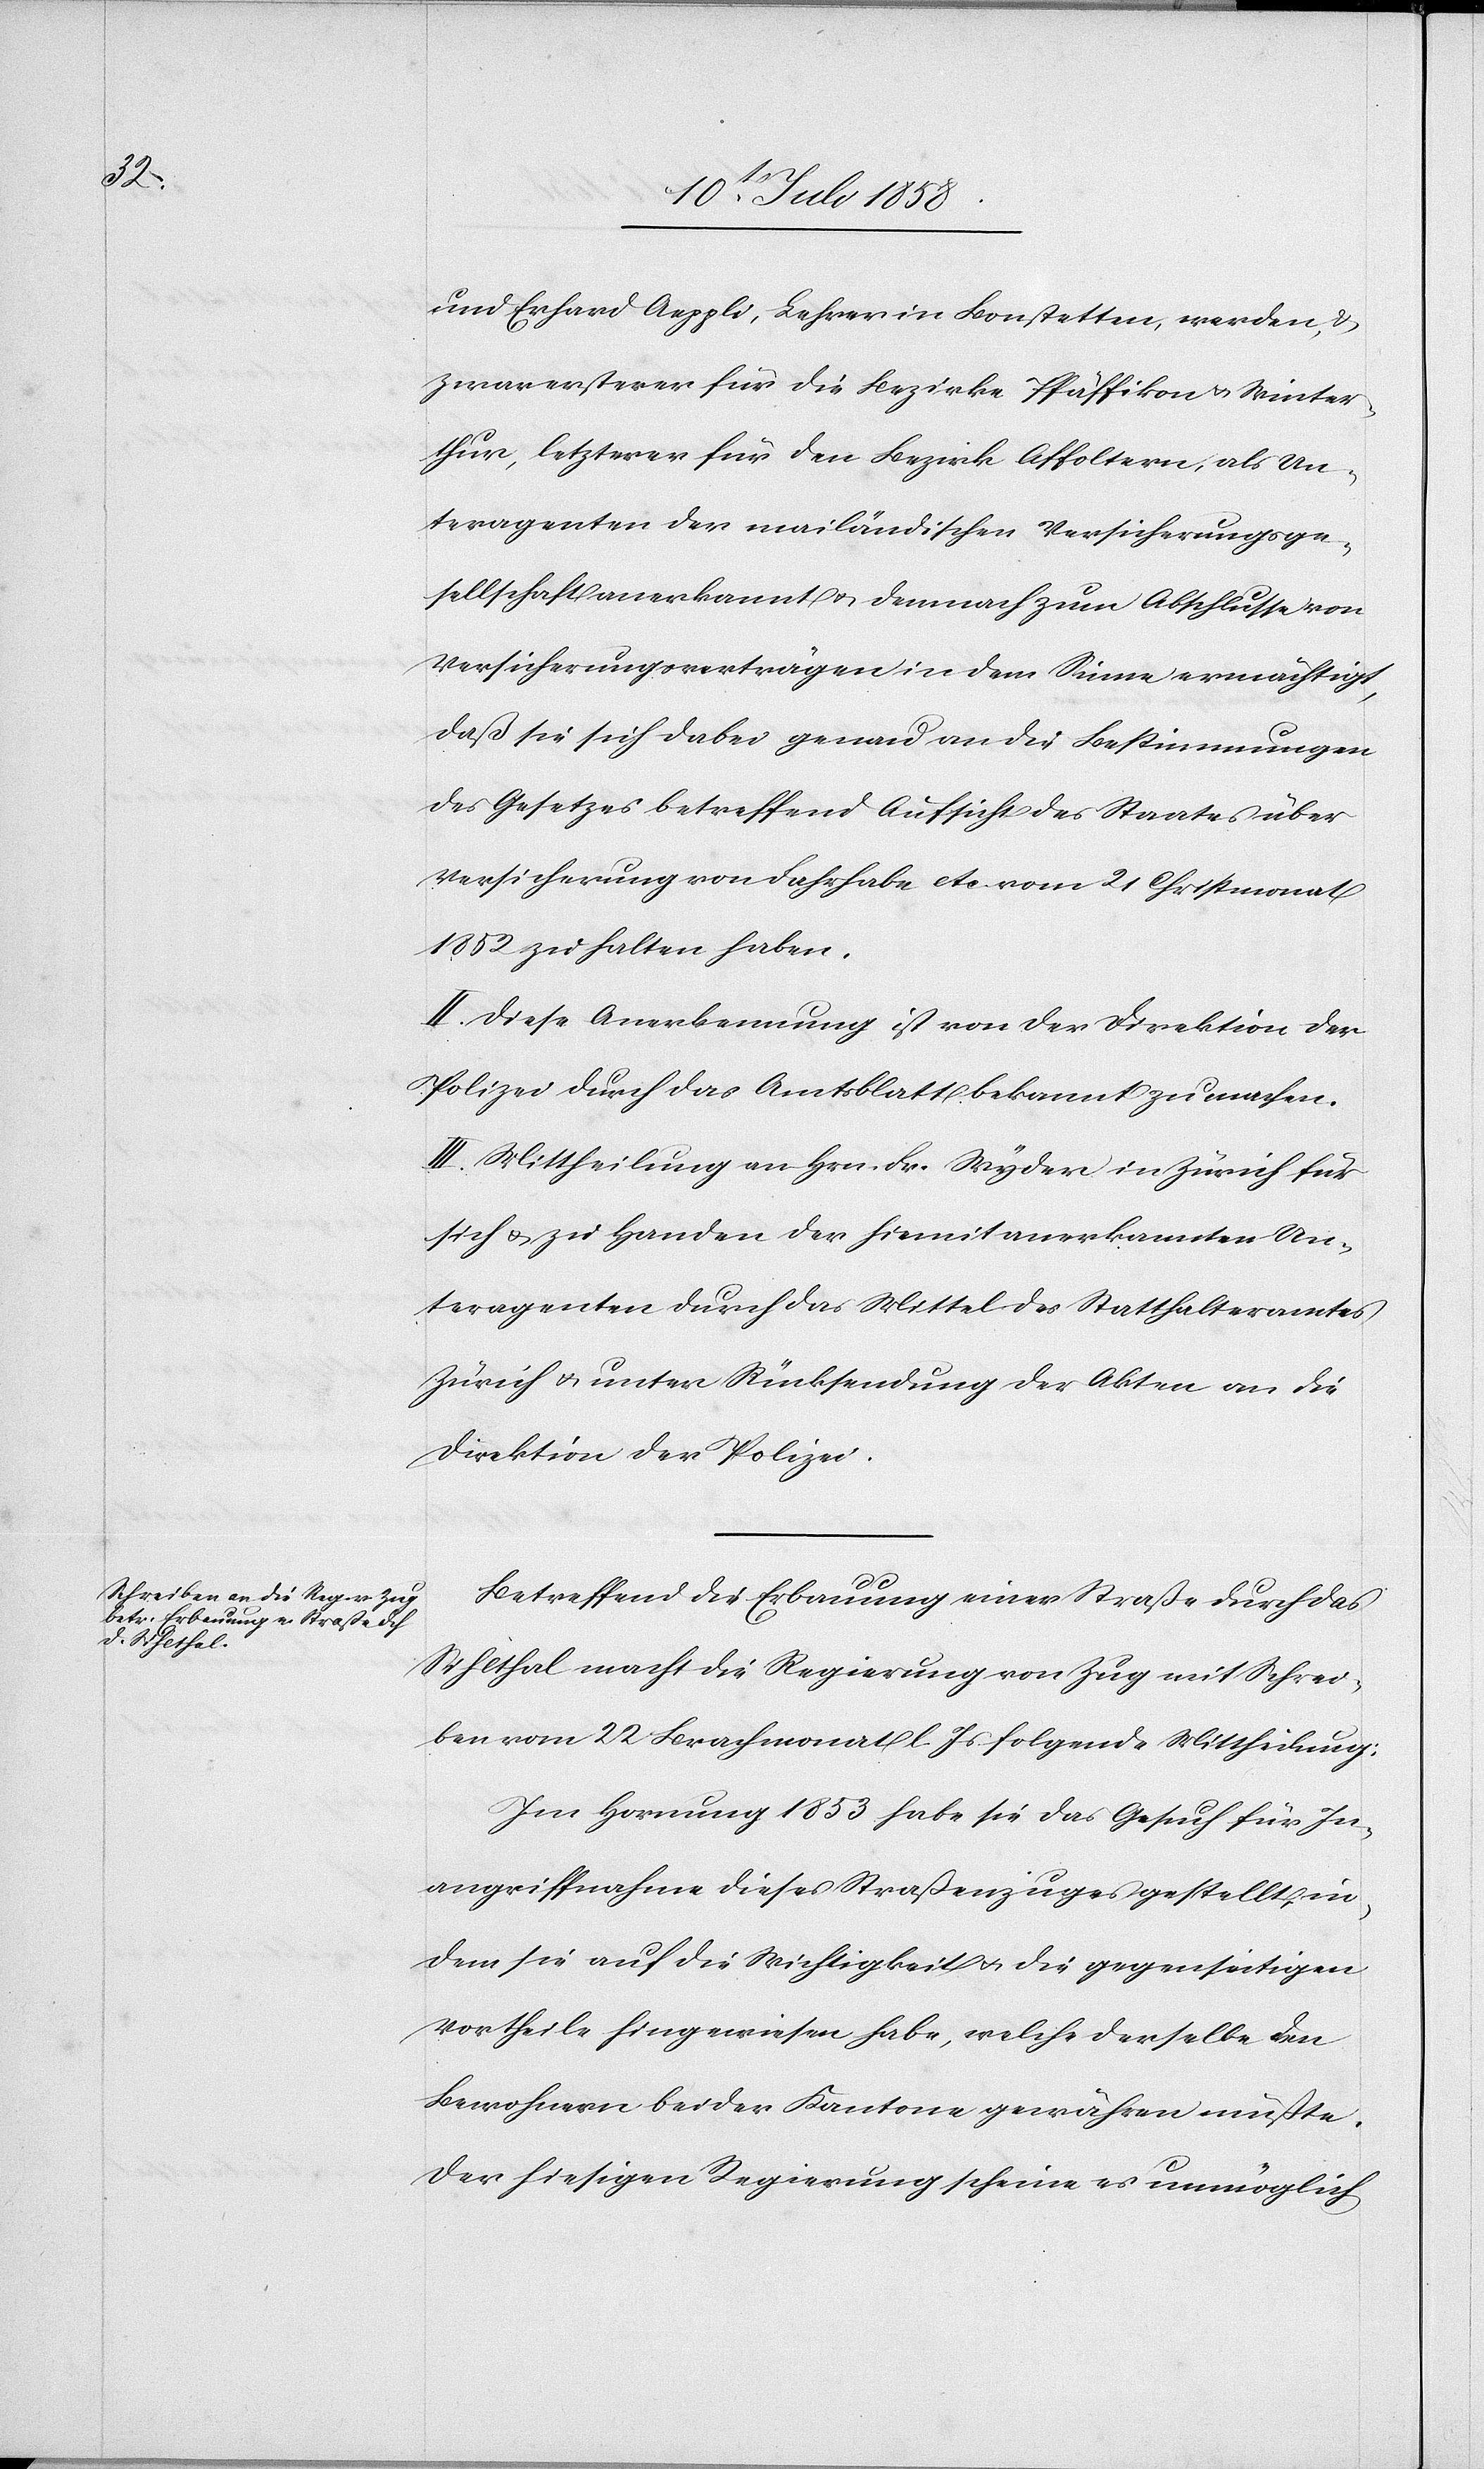
und Erhard Aeppli, Lehrer in Bonstetten, werden, &
zwar ersterer für die Bezirke Pfäffikon & Winter¬
thur, letzterer für den Bezirk Affoltern, als Un¬
teragenten der mailändischen Versicherungsge¬
sellschaft anerkannt & demnach zum Abschlusse von
Versicherungsverträgen in dem Sinne ermächtigt,
daß sie sich dabei genau an die Bestimmungen
des Gesetzes betreffend Aufsicht des Staates über
Versicherung von Fahrhabe etc. vom 21 Christmonat
1852 zu halten haben.
II. Diese Anerkennung ist von der Direktion der
Polizei durch das Amtsblatt bekannt zu machen.
III. Mittheilung an Hrn. Fr. Wyder in Zürich für
sich & zu Handen der hiemit anerkannten Un¬
teragenten durch das Mittel des Statthalteramtes
Zürich & unter Rücksendung der Akten an die
Direktion der Polizei.
Betreffend die Erbauung einer Straße durch das
Sihlthal macht die Regierung von Zug mit Schrei¬
ben vom 22 Brachmonat l. Js folgende Mittheilung:
Im Hornung 1853 habe sie das Gesuch für In¬
angriffnahme dieses Straßenzuges gestellt, in¬
dem sie auf die Wichtigkeit & die gegenseitigen
Vortheile hingewiesen habe, welche derselbe den
Bewohnern beider Kantone gewähren müßte.
Der hiesigen Regierung scheine es unmöglich